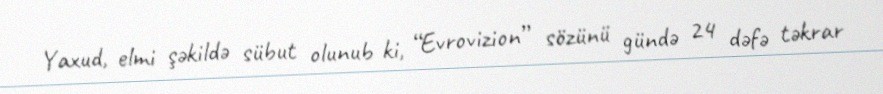
Yaxud, elmi şəkildə sübut olunub ki, “Evrovizion” sözünü gündə 24 dəfə təkrar